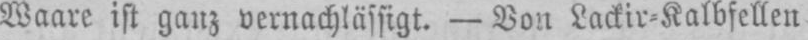
Waare ist ganz vernachlässigt. - Von Lackir⸗Kalbfellen